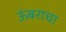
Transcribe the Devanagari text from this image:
ऊंबराचा